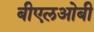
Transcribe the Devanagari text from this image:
बीएलओबी